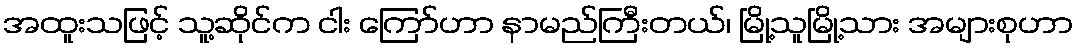
အထူးသဖြင့် သူ့ဆိုင်က ငါး ကြော်ဟာ နာမည်ကြီးတယ်၊ မြို့သူမြို့သား အများစုဟာ